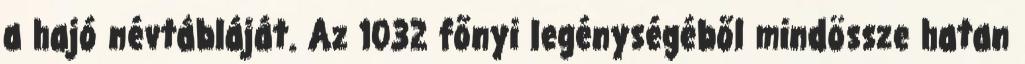
a hajó névtábláját. Az 1032 főnyi legénységéből mindössze hatan